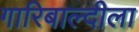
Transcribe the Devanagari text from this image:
गारिबाल्दीला